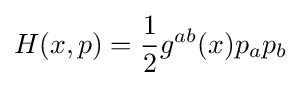
H(x,p)={\frac {1}{2}}g^{ab}(x)p_{a}p_{b}